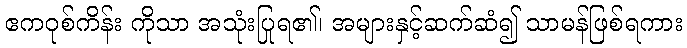
ဧကဝုစ်ကိန်း ကိုသာ အသုံးပြုရ၏၊ အများနှင့်ဆက်ဆံ၍ သာမန်ဖြစ်ရကား